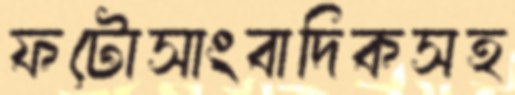
ফটোসাংবাদিকসহ